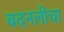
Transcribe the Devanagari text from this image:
बदनलीचा